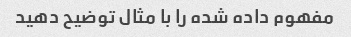
مفهوم داده شده را با مثال توضیح دهید